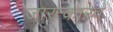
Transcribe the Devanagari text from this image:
जारत्कारव